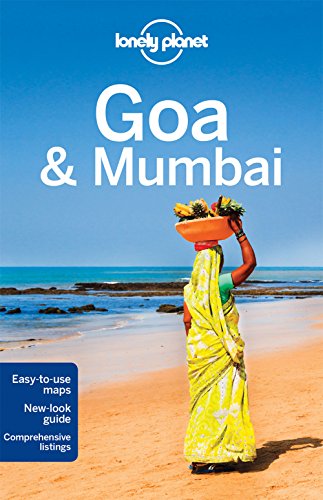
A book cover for Lonely Planet Goa & Mumbai (Travel Guide); Lonely Planet; Travel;